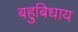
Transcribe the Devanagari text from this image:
बहुबिधाय